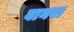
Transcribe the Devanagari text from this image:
बानरा